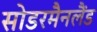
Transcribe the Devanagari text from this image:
सोडरमैनलैंड